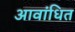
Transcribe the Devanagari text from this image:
आवांधित